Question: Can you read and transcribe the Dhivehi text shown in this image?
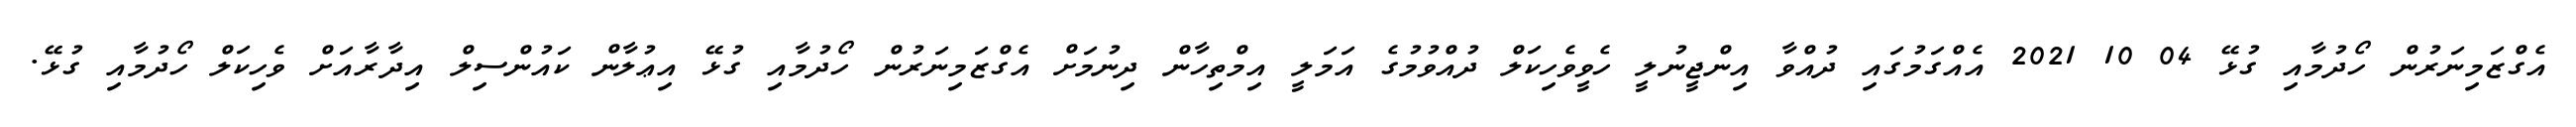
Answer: އެގްޒަމިނަރުން ހޯދުމާއި ގުޅޭ 04 10 2021 އެއްގަމުގައި ދުއްވާ އިންޖީނުލީ ހެވީވެހިކަލް ދުއްވުމުގެ އަމަލީ އިމްތިހާން ދިނުމަށް އެގްޒަމިނަރުން ހޯދުމާއި ގުޅޭ އިޢުލާން ކައުންސިލް އިދާރާއަށް ވެހިކަލް ހޯދުމާއި ގުޅޭ.